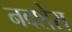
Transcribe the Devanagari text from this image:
नवशेरा